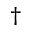
^ \dagger